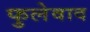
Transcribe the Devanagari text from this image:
फुलेवाद